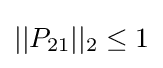
||P_{21}||_{2}\leq 1